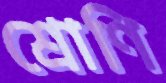
শ্রোণি